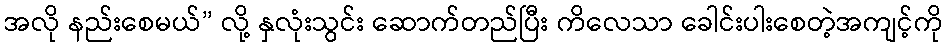
အလို နည်းစေမယ်” လို့ နှလုံးသွင်း ဆောက်တည်ပြီး ကိလေသာ ခေါင်းပါးစေတဲ့အကျင့်ကို